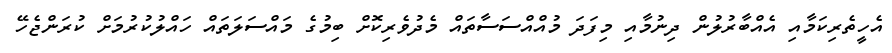
އެހީތެރިކަމާއި އެއްބާރުލުން ދިނުމާއި މިފަދަ މުއްއްސަސާތައް މެދުވެރިކޮށް ބިމުގެ މައްސަލަތައް ހައްލުކުރުމަށް ކުރަންޖެހޭ